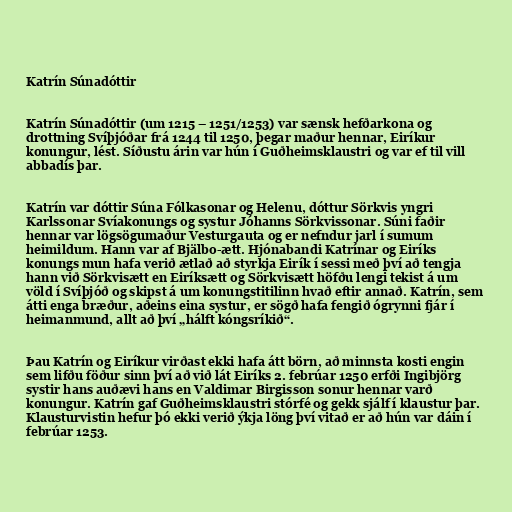
Katrín Súnadóttir

Katrín Súnadóttir (um 1215 – 1251/1253) var sænsk hefðarkona og
drottning Svíþjóðar frá 1244 til 1250, þegar maður hennar, Eiríkur
konungur, lést. Síðustu árin var hún í Guðheimsklaustri og var ef til vill
abbadís þar.

Katrín var dóttir Súna Fólkasonar og Helenu, dóttur Sörkvis yngri
Karlssonar Svíakonungs og systur Jóhanns Sörkvissonar. Súni faðir
hennar var lögsögumaður Vesturgauta og er nefndur jarl í sumum
heimildum. Hann var af Bjälbo-ætt. Hjónabandi Katrínar og Eiríks
konungs mun hafa verið ætlað að styrkja Eirík í sessi með því að tengja
hann við Sörkvisætt en Eiríksætt og Sörkvisætt höfðu lengi tekist á um
völd í Svíþjóð og skipst á um konungstitilinn hvað eftir annað. Katrín, sem
átti enga bræður, aðeins eina systur, er sögð hafa fengið ógrynni fjár í
heimanmund, allt að því „hálft kóngsríkið“.

Þau Katrín og Eiríkur virðast ekki hafa átt börn, að minnsta kosti engin
sem lifðu föður sinn því að við lát Eiríks 2. febrúar 1250 erfði Ingibjörg
systir hans auðævi hans en Valdimar Birgisson sonur hennar varð
konungur. Katrín gaf Guðheimsklaustri stórfé og gekk sjálf í klaustur þar.
Klausturvistin hefur þó ekki verið ýkja löng því vitað er að hún var dáin í
febrúar 1253.